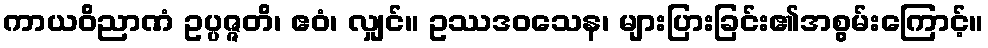
ကာယဝိညာဏံ ဥပ္ပဇ္ဇတိ၊ ဧဝံ၊ လျှင်။ ဥဿဒဝသေန၊ များပြားခြင်း၏အစွမ်းကြောင့်။